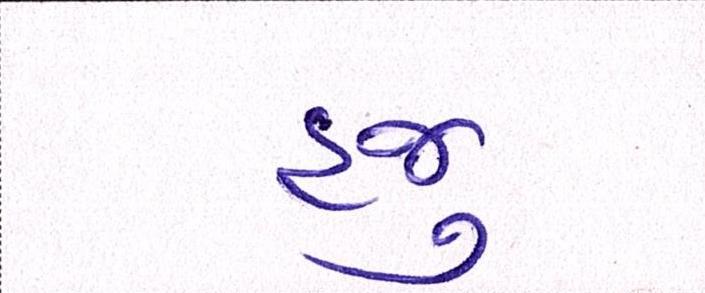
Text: હજુ